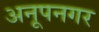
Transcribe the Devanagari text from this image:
अनूपनगर